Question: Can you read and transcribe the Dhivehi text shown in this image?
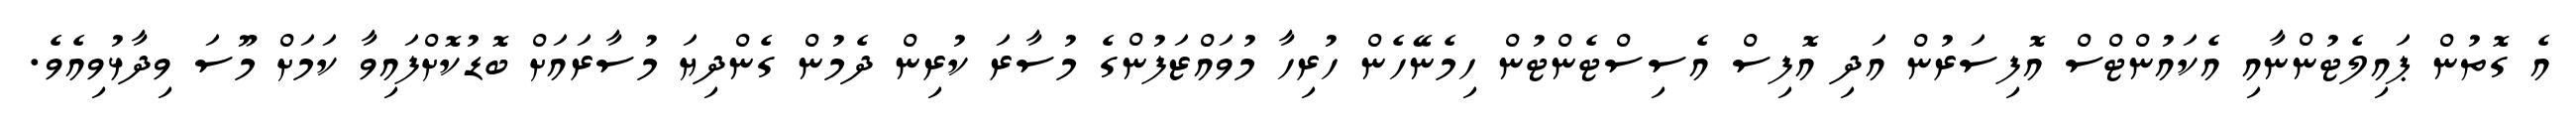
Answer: އެ ގޮތުން ޕައިލެޓުންނާއި އެކައުންޓްސް އޮފިސަރުން އަދި އޮފިސް އެސިސްޓެންޓުން ހިމެނޭހެން ހުރިހާ މުވައްޒަފުންގެ މުސާރަ ކުރިން ދެމުން ގެންދިޔަ މުސާރައަށް ބޮޑުކޮށްފައިވާ ކަމަށް މޫސަ ވިދާޅުވިއެވެ.